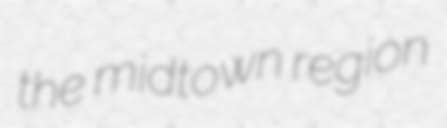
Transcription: the midtown region